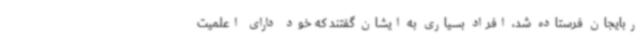
ربایجان فرستاده شد، افراد بسیاری به ایشان گفتند که خود دارای اعلمیت